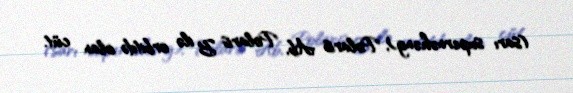
(sarı supernəhəng), Polaris Ab, Polaris B ilə orbitdə olan cüt.